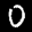
Label: 0